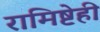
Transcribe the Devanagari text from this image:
रामिष्टेही